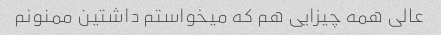
عالی همه چیزایی هم که میخواستم داشتین ممنونم